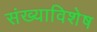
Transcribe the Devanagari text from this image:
संख्याविशेष